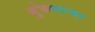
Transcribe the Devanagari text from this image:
गुंफणार्‍या